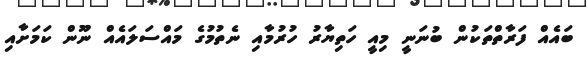
ބައެއް ފަރާތްތަކުން ބުނަނީ މިއީ ހަތިޔާރު ހުރުމާއި ނެތުމުގެ މައްސަލައެއް ނޫން ކަމަށާއި